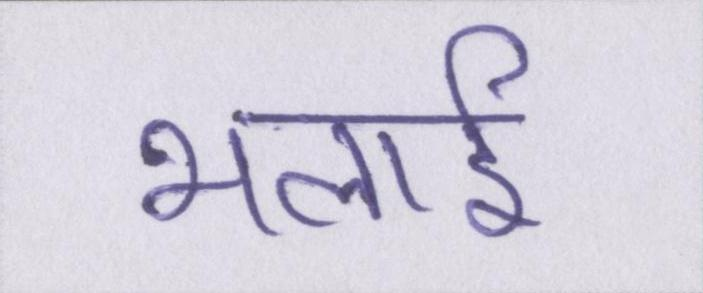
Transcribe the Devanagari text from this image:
भलाई